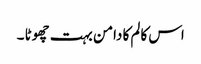
اس کالم کا دامن بہت چھوٹا ۔